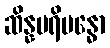
ဆိန္နပရိဗန္ဓော